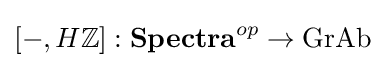
[-,H\mathbb {Z} ]:{\textbf {Spectra}}^{op}\to {\text{GrAb}}